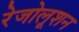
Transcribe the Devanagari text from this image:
रेजोलूशन